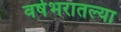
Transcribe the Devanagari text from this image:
वर्षभरातल्या